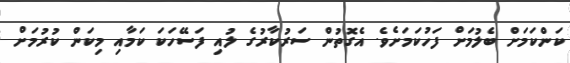
ކަންކަމަށް ބެލުމަށް ފަހުކަމަށެވެ. އެގޮތުން ސަރުކާރުގެ ލުއި ފަސޭހަކަ ކަމާއި މިކަން ކުރުމަށް